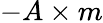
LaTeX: -A\times m